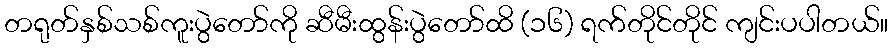
တရုတ်နှစ်သစ်ကူးပွဲတော်ကို ဆီမီးထွန်းပွဲတော်ထိ (၁၆) ရက်တိုင်တိုင် ကျင်းပပါတယ်။